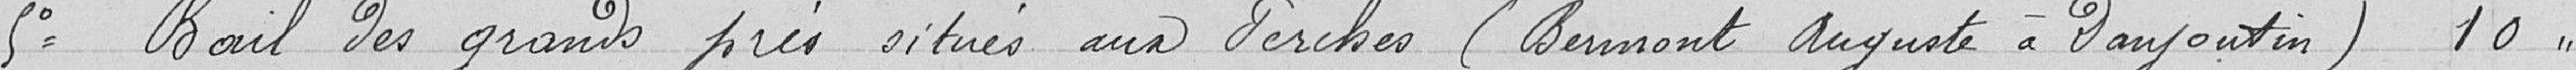
5° Bail des grands près situés aux Perches (Bermont Auguste à Danjoutin) 10